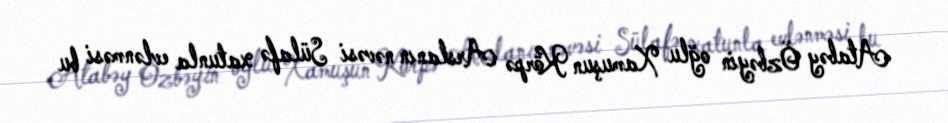
Atabəy Özbəyin oğlu Xamuşun Körpə Arslanın nəvəsi Sülafə xatunla evlənməsi bu